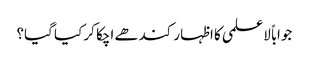
جواباً لاعلمی کا اظہار کندھے اچکا کر کیا گیا؟